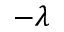
- \lambda